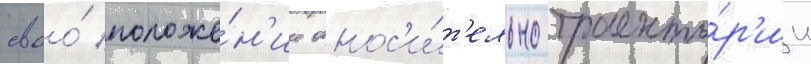
своо́ положе́н'ие относ'и́т'ельно траекто́р'ии